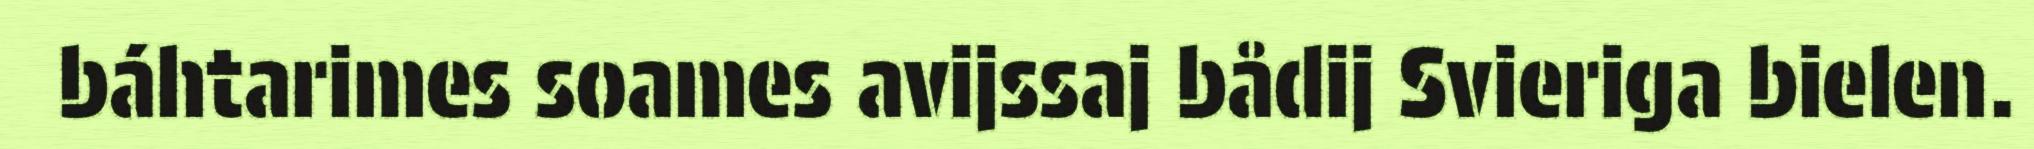
báhtarimes soames avijssaj bådij Svieriga bielen.